Vaccination North-Western Provinces 1866-1877 - 1866-1877
Year: 1866
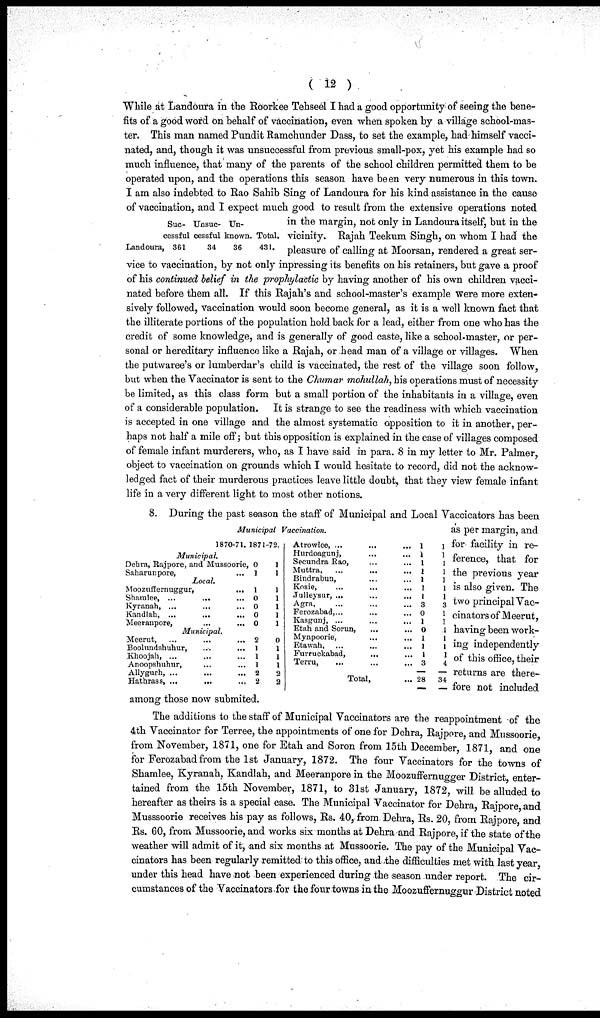
( 12 )
Landoura
Suc-
cessful
, 361
Unsuc-
cessful
34
Un-
known.
36
Total,
431.
While at Landoura in the Roorkee Tehseel I had a good opportunity of seeing the bene-
fits of a good word on behalf of vaccination, even when spoken by a village school-mas-
ter. This man named Pundit Ramchunder Dass, to set the example, had himself vacci-
nated, and, though it was unsuccessful from previous small-pox, yet his example had so
much influence, that many of the parents of the school children permitted them to be
operated upon, and the operations this season have been very numerous in this town.
I am also indebted to Rao Sahib Sing of Landoura for his kind assistance in the cause
of vaccination, and I expect much good to result from the extensive operations noted
in the margin, not only in Landoura itself, but in the
vicinity. Rajah Teekum Singh, on whom I had the
pleasure of calling at Moorsan, rendered a great ser-
vice to vaccination, by not only inpressing its benefits on his retainers, but gave a proof
of his continued belief in the prophylactic by having another of his own children vacci-
nated before them all. If this Rajah's and school-master's example were more exten-
sively followed, vaccination would soon become general, as it is a well known fact that
the illiterate portions of the population hold back for a lead, either from one who has the
credit of some knowledge, and is generally of good caste, like a school-master, or per-
sonal or hereditary influence like a Rajah, or head man of a village or villages. When
the putwaree's or lumberdar's child is vaccinated, the rest of the village soon follow,
but when the Vaccinator is sent to the Chumar mohullah, his operations must of necessity
be limited, as this class form but a small portion of the inhabitants in a village, even
of a considerable population. It is strange to see the readiness with which vaccination
is accepted in one village and the almost systematic opposition to it in another, per-
haps not half a mile off; but this opposition is explained in the case of villages composed
of female infant murderers, who, as I have said in para. 8 in my letter to Mr. Palmer,
object to vaccination on grounds which I would hesitate to record, did not the acknow-
ledged fact of their murderous practices leave little doubt, that they view female infant
life in a very different light to most other notions.
Municipal Vaccination.
1870-71. 1871-72.
Municipal.
Dehra, Rajpore, and Mussoorie,
Saharunpore,
...
Local.
Moozufïernuggur,
...
Shamlee, ...
...
...
Kyranah, ... ... ...
Kandlah, ... ... ...
Meeranpore,
...
...
Municipal.
Meerut,
...
...
...
Boolundshuhur,
...
...
Khoojah, ... ... ...
Anoopshuhur, .... ...
Allygurh, ... ... ...
Hathrass, ...
...
...
0
1
1
0
0
0
0
2
1
1
1
2
2
1
1
1
1
1
1
1
0
1
1
1
2
2
Atrowlee, ... ... ...
Hurdoagunj, ... ...
Secundra Rao, ... ...
Muttra, ... ... ...
Bindrabun, ... ...
Kosie, ... ... ...
Julleysur, ...
...
...
Agra, ... ... ...
Ferozabad,... ... ...
Kasgunj, ... ... ...
Etah and Sorun, ... ...
Mynpoorie, ... ...
Etawah, ... ... ...
Furruckabad, ... ...
Terru, ... ... ...
Total, ...
1
1
1
1
1
1
1
3
0
1
0
1
1
1
3
28
1
1
1
1
1
1
1
3
1
1
1
1
1
1
4
34
8. During the past season the staff of Municipal and Local Vaccicators has been
as per margin, and
for facility in re-
ference, that for
the previous year
is also given. The
two principal Vac¬
cinators of Meerut,
having been work-
ing independently
of this office, their
returns are there-
fore not included
among those now submited.
The additions to the staff of Municipal Vaccinators are the reappointment of the
4th Vaccinator for Terree, the appointments of one for Dehra, Rajpore, and Mussoorie,
from November, 1871, one for Etah and Soron from 15th December, 1871, and one
for Ferozabad from the 1st January, 1872. The four Vaccinators for the towns of
Shamlee, Kyranah, Kandlah, and Meeranpore in the Moozuffernugger District, enter-
tained from the 15th November, 1871, to 31st January, 1872, will be alluded to
hereafter as theirs is a special case. The Municipal Vaccinator for Dehra, Rajpore, and
Musssoorie receives his pay as follows, Rs. 40, from Dehra, Rs. 20, from Rajpore, and
Rs. 60, from Mussoorie, and works six months at Dehra and Rajpore, if the state of the
weather will admit of it, and six months at Mussoorie. The pay of the Municipal Vac-
cinators has been regularly remitted to this office, and the difficulties met with last year,
under this head have not been experienced during the season under report. The cir-
cumstances of the Vaccinators for the four towns in the Moozuffernuggur District noted